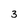
Character: 3